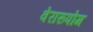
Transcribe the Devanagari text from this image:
वेरारुपोम